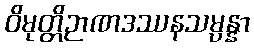
ဝိမုတ္တိဉာဏဒဿနသမ္ပန္နာ